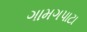
ગામગપાટા